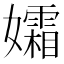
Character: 孀